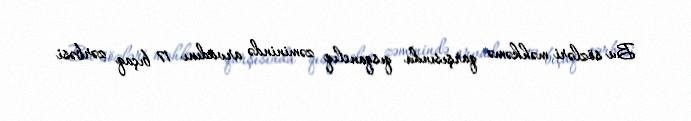
Bu sözləri məhkəmə qarşısında qısqanclıq zəminində arvadını 17 bıçaq zərbəsi